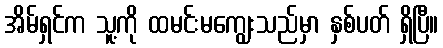
အိမ်ရှင်က သူ့ကို ထမင်းမကျွေးသည်မှာ နှစ်ပတ် ရှိပြီ။